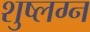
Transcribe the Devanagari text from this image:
शुष्लग्न